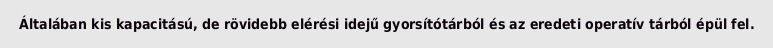
Általában kis kapacitású, de rövidebb elérési idejű gyorsítótárból és az eredeti operatív tárból épül fel.